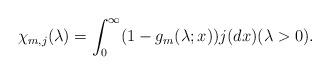
LaTeX: \begin{align*}\chi_{m,j}(\lambda) &= \int_{0}^{\infty}(1 - g_m(\lambda;x))j(dx) (\lambda > 0 ). \end{align*}